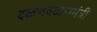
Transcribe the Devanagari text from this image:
दळणवळणमंत्री